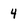
Character: 4